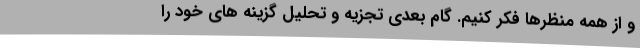
و از همه منظرها فکر کنیم. گام بعدی تجزیه و تحلیل گزینه های خود را